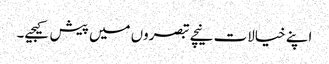
اپنے خیالات نیچے تبصروں میں پیش کیجیے۔